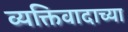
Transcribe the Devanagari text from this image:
व्यक्तिवादाच्या